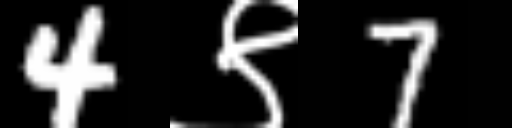
Text: 4९7